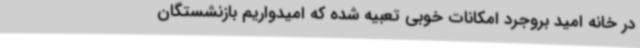
در خانه امید بروجرد امکانات خوبی تعبیه شده که امیدواریم بازنشستگان